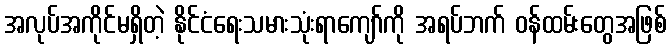
အလုပ်အကိုင်မရှိတဲ့ နိုင်ငံရေးသမားသုံးရာကျော်ကို အရပ်ဘက် ဝန်ထမ်းတွေအဖြစ်